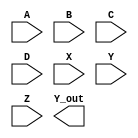
module structural_mod (A, B, C, D, X, Y, Z, Y_out);
  input A, B, C ,D ,X ,Y, Z;
  output Y_out;
  wire AB, CD, XY, ABCD, ABCDXY;
  or gate1(AB, A, B);
  or gate2(CD, C, D);
  or gate3(XY, X, Y);
  and gate4(ABCD, AB, CD);
  and gate5(ABCDXY, ABCD, XY);
  and gate6(ABCDXY, Z, Y_out);
endmodule